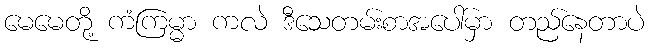
မေမေတို့ ကံကြမ္မာ ကလဲ ဒီသေတမ်းစာအပေါ်မှာ တည်နေတာပဲ